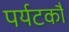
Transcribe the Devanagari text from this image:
पर्यटकौं